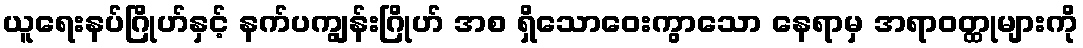
ယူရေးနပ်ဂြိုဟ်နှင့် နက်ပကျွန်းဂြိုဟ် အစ ရှိသောဝေးကွာသော နေရာမှ အရာဝတ္ထုများကို